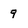
Character: 9